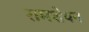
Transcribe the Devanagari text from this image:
रामशेषन